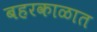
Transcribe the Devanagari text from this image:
बहरकाळात